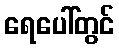
ရေပေါ်တွင်